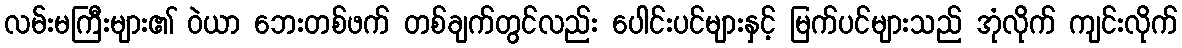
လမ်းမကြီးများ၏ ဝဲယာ ဘေးတစ်ဖက် တစ်ချက်တွင်လည်း ပေါင်းပင်များနှင့် မြက်ပင်များသည် အုံလိုက် ကျင်းလိုက်